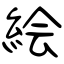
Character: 絵